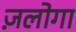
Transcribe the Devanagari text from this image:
ज़लोगा